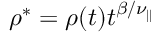
\rho ^ { * } = \rho ( t ) t ^ { \beta / \nu _ { | | } }